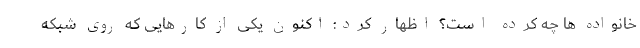
خانواده ها چه کرده است؟ اظهار کرد: اکنون یکی از کارهایی که روی شبکه